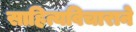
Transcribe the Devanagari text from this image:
साहित्यविचाराने